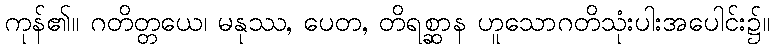
ကုန်၏။ ဂတိတ္တယေ၊ မနုဿ, ပေတ, တိရစ္ဆာန ဟူသောဂတိသုံးပါးအပေါင်း၌။